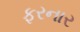
ફરનાર